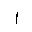
Letter: _alif